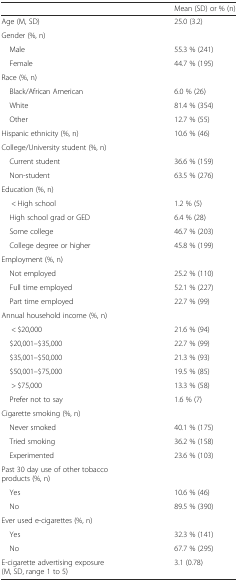
|  | Mean (SD) or % (n) |
 | --- | --- |
 | Age (M, SD) | 25.0 (3.2) |
 | Gender (%, n) |  |
 | Male | 55.3 % (241) |
 | Female | 44.7 % (195) |
 | Race (%, n) |  |
 | Black/African American | 6.0 % (26) |
 | White | 81.4 % (354) |
 | Other | 12.7 % (55) |
 | Hispanic ethnicity (%, n) | 10.6 % (46) |
 | College/University student (%, n) |  |
 | Current student | 36.6 % (159) |
 | Non-student | 63.5 % (276) |
 | Education (%, n) |  |
 | < High school | 1.2 % (5) |
 | High school grad or GED | 6.4 % (28) |
 | Some college | 46.7 % (203) |
 | College degree or higher | 45.8 % (199) |
 | Employment (%, n) |  |
 | Not employed | 25.2 % (110) |
 | Full time employed | 52.1 % (227) |
 | Part time employed | 22.7 % (99) |
 | Annual household income (%, n) |  |
 | < $20,000 | 21.6 % (94) |
 | $20,001–$35,000 | 22.7 % (99) |
 | $35,001–$50,000 | 21.3 % (93) |
 | $50,001–$75,000 | 19.5 % (85) |
 | > $75,000 | 13.3 % (58) |
 | Prefer not to say | 1.6 % (7) |
 | Cigarette smoking (%, n) |  |
 | Never smoked | 40.1 % (175) |
 | Tried smoking | 36.2 % (158) |
 | Experimented | 23.6 % (103) |
 | Past 30 day use of other tobacco products (%, n) |  |
 | Yes | 10.6 % (46) |
 | No | 89.5 % (390) |
 | Ever used e-cigarettes (%, n) |  |
 | Yes | 32.3 % (141) |
 | No | 67.7 % (295) |
 | E-cigarette advertising exposure (M, SD, range 1 to 5) | 3.1 (0.78) |